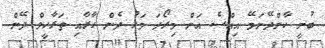
ބުނީ ކާންދޭނަމޭ އިއްސެ އަށް މިރޯދަ މަހު ދެން ހާރާއި ތަރާހީވް ދޭން